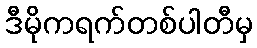
ဒီမိုကရက်တစ်ပါတီမှ